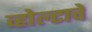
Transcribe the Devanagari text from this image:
व्होल्टाचे